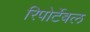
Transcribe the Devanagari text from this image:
रिपोर्टेबल